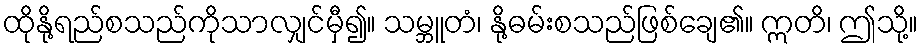
ထိုနို့ရည်စသည်ကိုသာလျှင်မှီ၍။ သမ္ဘူတံ၊ နို့ဓမ်းစသည်ဖြစ်ချေ၏။ ဣတိ၊ ဤသို့။